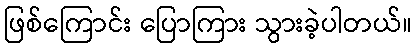
ဖြစ်ကြောင်း ပြောကြား သွားခဲ့ပါတယ်။